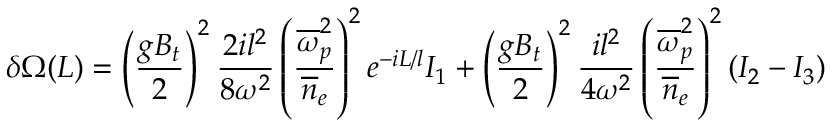
\delta \Omega ( L ) = \left( { \frac { g B _ { t } } { 2 } } \right) ^ { 2 } { \frac { 2 i l ^ { 2 } } { 8 \omega ^ { 2 } } } \left( { \frac { \overline { { \omega } } _ { p } ^ { 2 } } { \overline { { n } } _ { e } } } \right) ^ { 2 } e ^ { - i L / l } I _ { 1 } + \left( { \frac { g B _ { t } } { 2 } } \right) ^ { 2 } { \frac { i l ^ { 2 } } { 4 \omega ^ { 2 } } } \left( { \frac { \overline { { \omega } } _ { p } ^ { 2 } } { \overline { { n } } _ { e } } } \right) ^ { 2 } ( I _ { 2 } - I _ { 3 } )